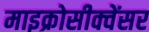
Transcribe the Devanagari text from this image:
माइक्रोसीक्वेंसर